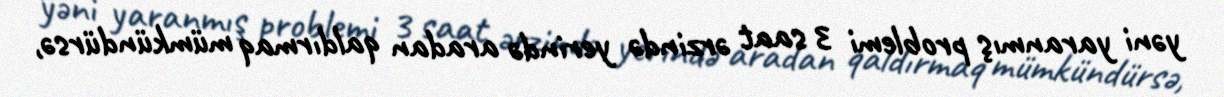
yəni yaranmış problemi 3 saat ərzində yerində aradan qaldırmaq mümkündürsə,